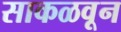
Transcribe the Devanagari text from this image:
साकळवून